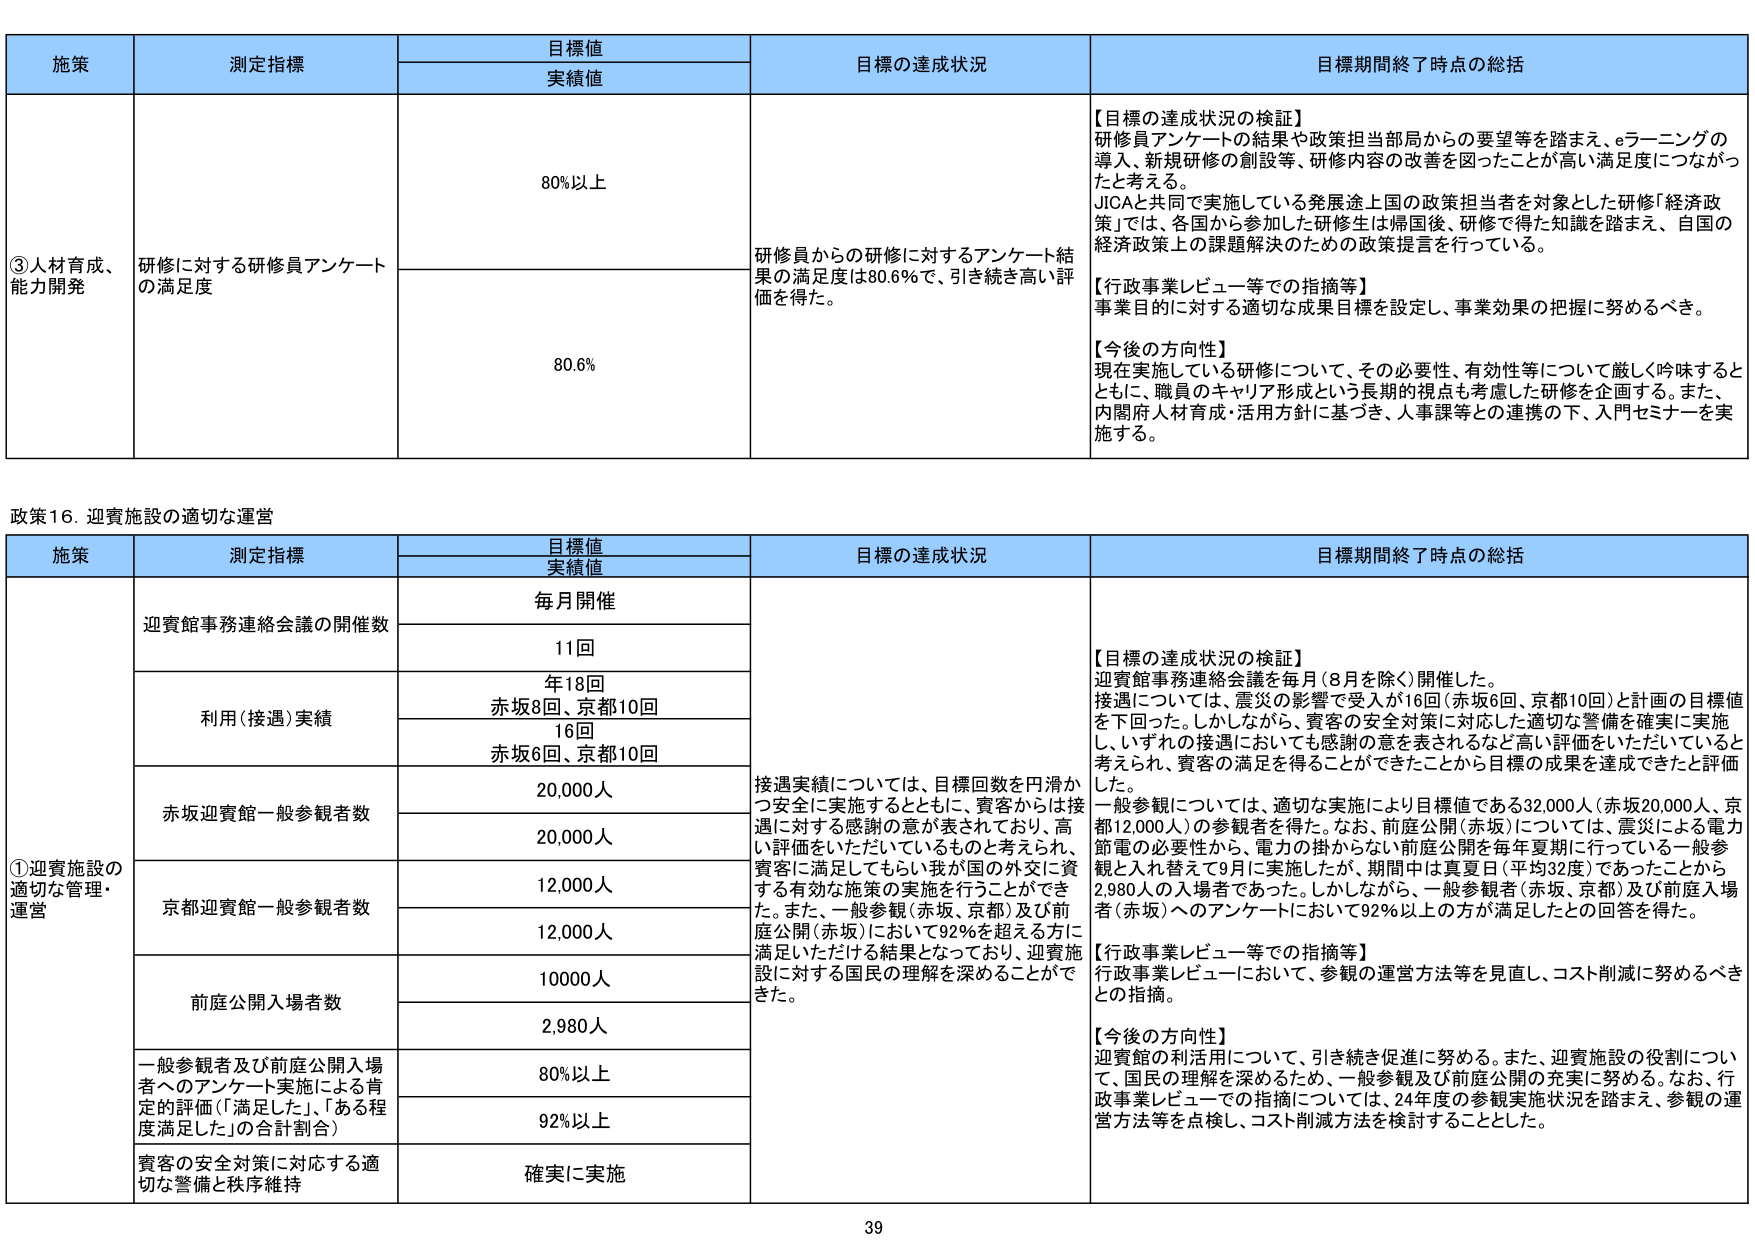
施策
測定指標
目標値
実績値
目標の達成状況
目標期間終了時点の総括
③人材育成、能力開発
研修に対する研修員アンケートの満足度
80%以上
80.6%
研修員からの研修に対するアンケート結果の満足度は80.6%で、引き続き高い評価を得た。
【目標の達成状況の検証】
研修員アンケートの結果や政策担当部局からの要望等を踏まえ、eラーニングの導入、新規研修の創設等、研修内容の改善を図ったことが高い満足度につながったと考える。
JICAと共同で実施している発展途上国の政策担当者を対象とした研修「経済政策」では、各国から参加した研修生は帰国後、研修で得た知識を踏まえ、自国の経済政策上の課題解決のための政策提言を行っている。
【行政事業レビュー等での指摘等】
事業目的に対する適切な成果目標を設定し、事業効果の把握に努めるべき。
【今後の方針性】
現在実施している研修について、その必要性、有効性等について厳しく吟味するとともに、職員のキャリア形成という長期的視点も考慮した研修を企画する。また、内閣府人材育成・活用方針に基づき、人事課等との連携の下、入門セミナーを実施する。

政策16．迎賓施設の適切な運営
施策
測定指標
目標値
実績値
目標の達成状況
目標期間終了時点の総括
①迎賓施設の適切な管理・運営
迎賓館事務連絡会議の開催数
毎月開催
11回
利用（接遇）実績
年18回
赤坂8回、京都10回
16回
赤坂6回、京都10回
赤坂迎賓館一般参観者数
20,000人
20,000人
京都迎賓館一般参観者数
12,000人
12,000人
前庭公開入場者数
10000人
2,980人
一般参観者及び前庭公開入場者へのアンケート実施による肯定的評価（「満足した」、「ある程度満足した」の合計割合）
80%以上
92%以上
賓客の安全対策に対応する適切な警備と秩序維持
確実に実施
接遇実績については、目標回数を円滑かつ安全に実施するとともに、賓客からは接遇に対する感謝の意が表されており、高い評価をいただいているものと考えられ、賓客に満足してもらい我が国の外交に資する有効な施策の実施を行うことができた。また、一般参観（赤坂、京都）及び前庭公開（赤坂）において92%を超える方に満足いただける結果となっており、迎賓施設に対する国民の理解を深めることができた。
【目標の達成状況の検証】
迎賓館事務連絡会議を毎月（8月を除く）開催した。
接遇については、震災の影響で受入が16回（赤坂6回、京都10回）と計画の目標値を下回った。しかしながら、賓客の安全対策に対応した適切な警備を確実に実施し、いずれの接遇においても感謝の意を表されるなど高い評価をいただいていると考えられ、賓客の満足を得ることができたことから目標の成果を達成できたと評価した。
一般参観については、適切な実施により目標値である32,000人（赤坂20,000人、京都12,000人）の参観者を得た。なお、前庭公開（赤坂）については、震災による電力節電の必要性から、電力の掛からない前庭公開を毎年夏期に行っている一般参観と入れ替えで9月に実施したが、期間中は真夏日（平均32度）であったことから2,980人の入場者であった。しかしながら、一般参観者（赤坂、京都）及び前庭入場者（赤坂）へのアンケートにおいて92%以上の方が満足したとの回答を得た。
【行政事業レビュー等での指摘等】
行政事業レビューにおいて、参観の運営方法等を見直し、コスト削減に努めるべきとの指摘。
【今後の方針性】
迎賓館の利用について、引き続き促進に努める。また、迎賓施設の役割について、国民の理解を深めるため、一般参観及び前庭公開の充実に努める。なお、行政事業レビューでの指摘については、24年度の参観実施状況を踏まえ、参観の運営方法等を点検し、コスト削減方法を検討することとした。

39